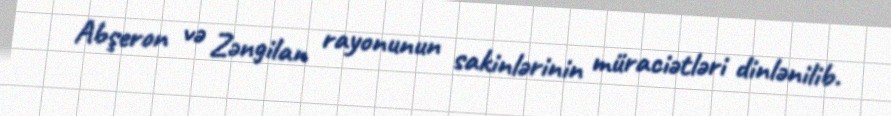
Abşeron və Zəngilan rayonunun sakinlərinin müraciətləri dinlənilib.